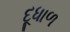
દૂધાળ